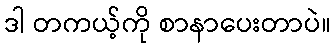
ဒါ တကယ့်ကို စာနာပေးတာပဲ။